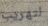
لتهريب